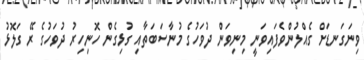
ވިނަގަނޑަށް ގެއްލުންވެފައިވަނީ މިނިވަން ދުވަހުގެ މުނާސަބަތާއި ގުޅިގެން ހޮނިހިރު ދުވަހުގެ ރޭ ގަލޮޅު